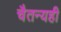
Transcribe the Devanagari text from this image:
चैतन्यही